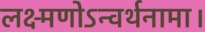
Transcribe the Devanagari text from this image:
लक्ष्मणोऽन्वर्थनामा।